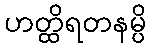
ဟတ္ထိရတနမ္ပိ